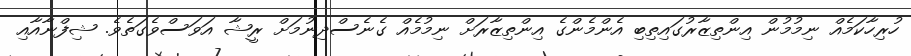
ހުރިހާކަމެއް ނިމުމުން އިންތިޒާރުގައިތިބި އެންމެންގެ އިންތިޒާރަަށް ނިމުމެއް ގެނެސްދިނުމަށް ރީޝާ އަވަސްވެގަތެވެ. ޝިފްނާއާއި